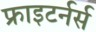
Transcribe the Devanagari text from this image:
फ्राइटर्नर्स